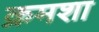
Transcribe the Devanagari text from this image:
क्रमशा